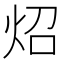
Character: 炤